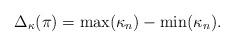
LaTeX: \begin{align*}\Delta_{\kappa}(\pi) = \max(\kappa_n)-\min(\kappa_n).\end{align*}